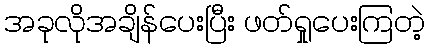
အခုလိုအချိန်ပေးပြီး ဖတ်ရှုပေးကြတဲ့